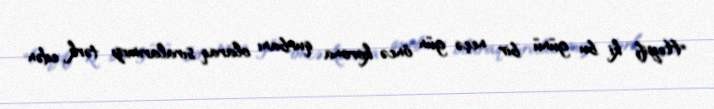
Heyif ki bu günü bir neçə gün öncə korona qurbanı olaraq sıralarımızı tərk edən